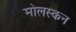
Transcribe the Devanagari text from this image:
मोलस्कन